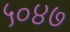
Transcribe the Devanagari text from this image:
५०४७